Scottish Leaving Certificate Examination, 1957
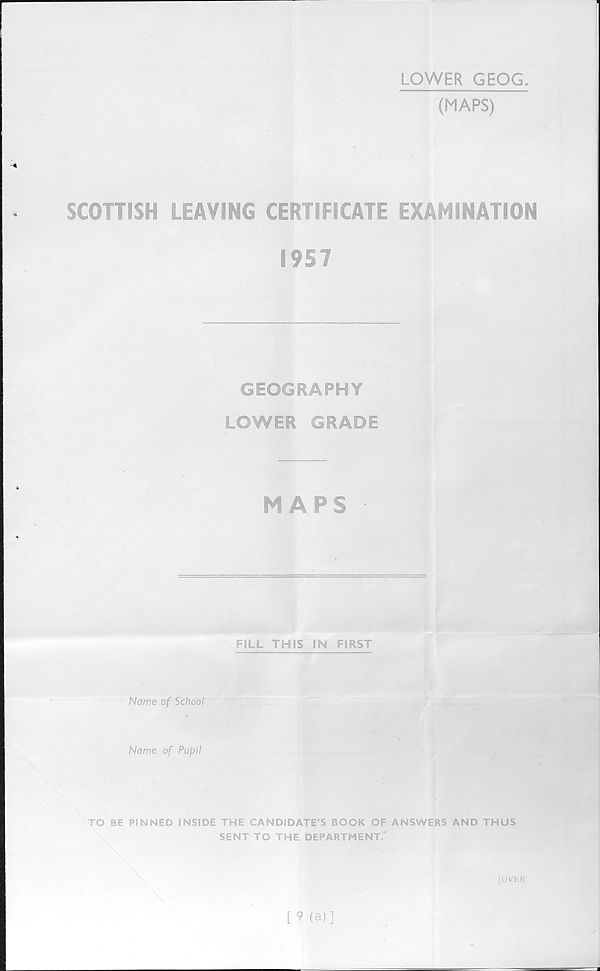
LOWER GEOG.
(MAPS)
■ 4
SCOTTISH LEAVING CERTIFICATE EXAMINATION
1957
GEOGRAPHY
LOWER GRADE
MAPS
FILL THIS IN FIRST
Name of School
Name of Pupil
TO BE PINNED INSIDE THE CANDIDATE’S BOOK OF ANSWERS AND THUS
SENT TO THE DEPARTMENT.
i OVER
[ 9 (a)]